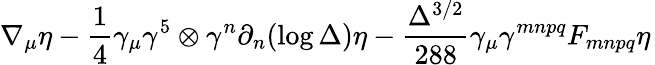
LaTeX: \nabla_{\mu}\eta-\frac{1}{4}\gamma_{\mu}\gamma^{5}\otimes\gamma^{n}\partial_{n}(\log\Delta)\eta-\frac{\Delta^{3/2}}{288}\gamma_{\mu}\gamma^{mnpq}F_{mnpq}\eta\,